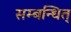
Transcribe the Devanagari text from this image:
सम्बन्धित्